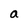
Character: a